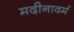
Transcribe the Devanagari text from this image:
मदीनावर्म